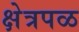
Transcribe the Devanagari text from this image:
क्षेत्रपळ